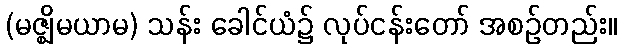
(မဇ္ဈိမယာမ) သန်း ခေါင်ယံ၌ လုပ်ငန်းတော် အစဉ်တည်း။